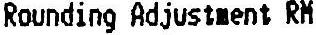
ROUNDING ADJUSTMENT RM